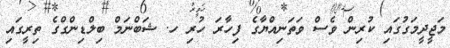
މަޖީދީމަގުގައި ކުރިން ވެސް ވަތަނިއްޔާގެ ފިހާރަ ހުރި ހ. ޝަބްނަމް ބިލްޑިންގްގެ ތިރީގައި